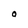
Character: O